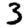
Digit: 3